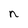
Character: n